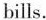
bills.